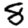
Digit: 8